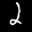
Label: 2